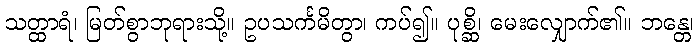
သတ္ထာရံ၊ မြတ်စွာဘုရားသို့။ ဥပသင်္ကမိတွာ၊ ကပ်၍။ ပုစ္ဆိ၊ မေးလျှောက်၏။ ဘန္တေ၊